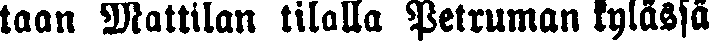
taan Mattilan tilalla Petruman kylässä